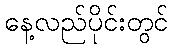
နေ့လည်ပိုင်းတွင်